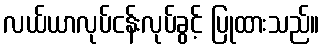
လယ်ယာလုပ်ငန်းလုပ်ခွင့် ပြုထားသည်။